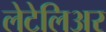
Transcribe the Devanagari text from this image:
लेटेलिअर